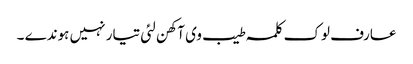
عارف لوک کلمہ طیب وی آکھن لئی تیار نہیں ہوندے ۔